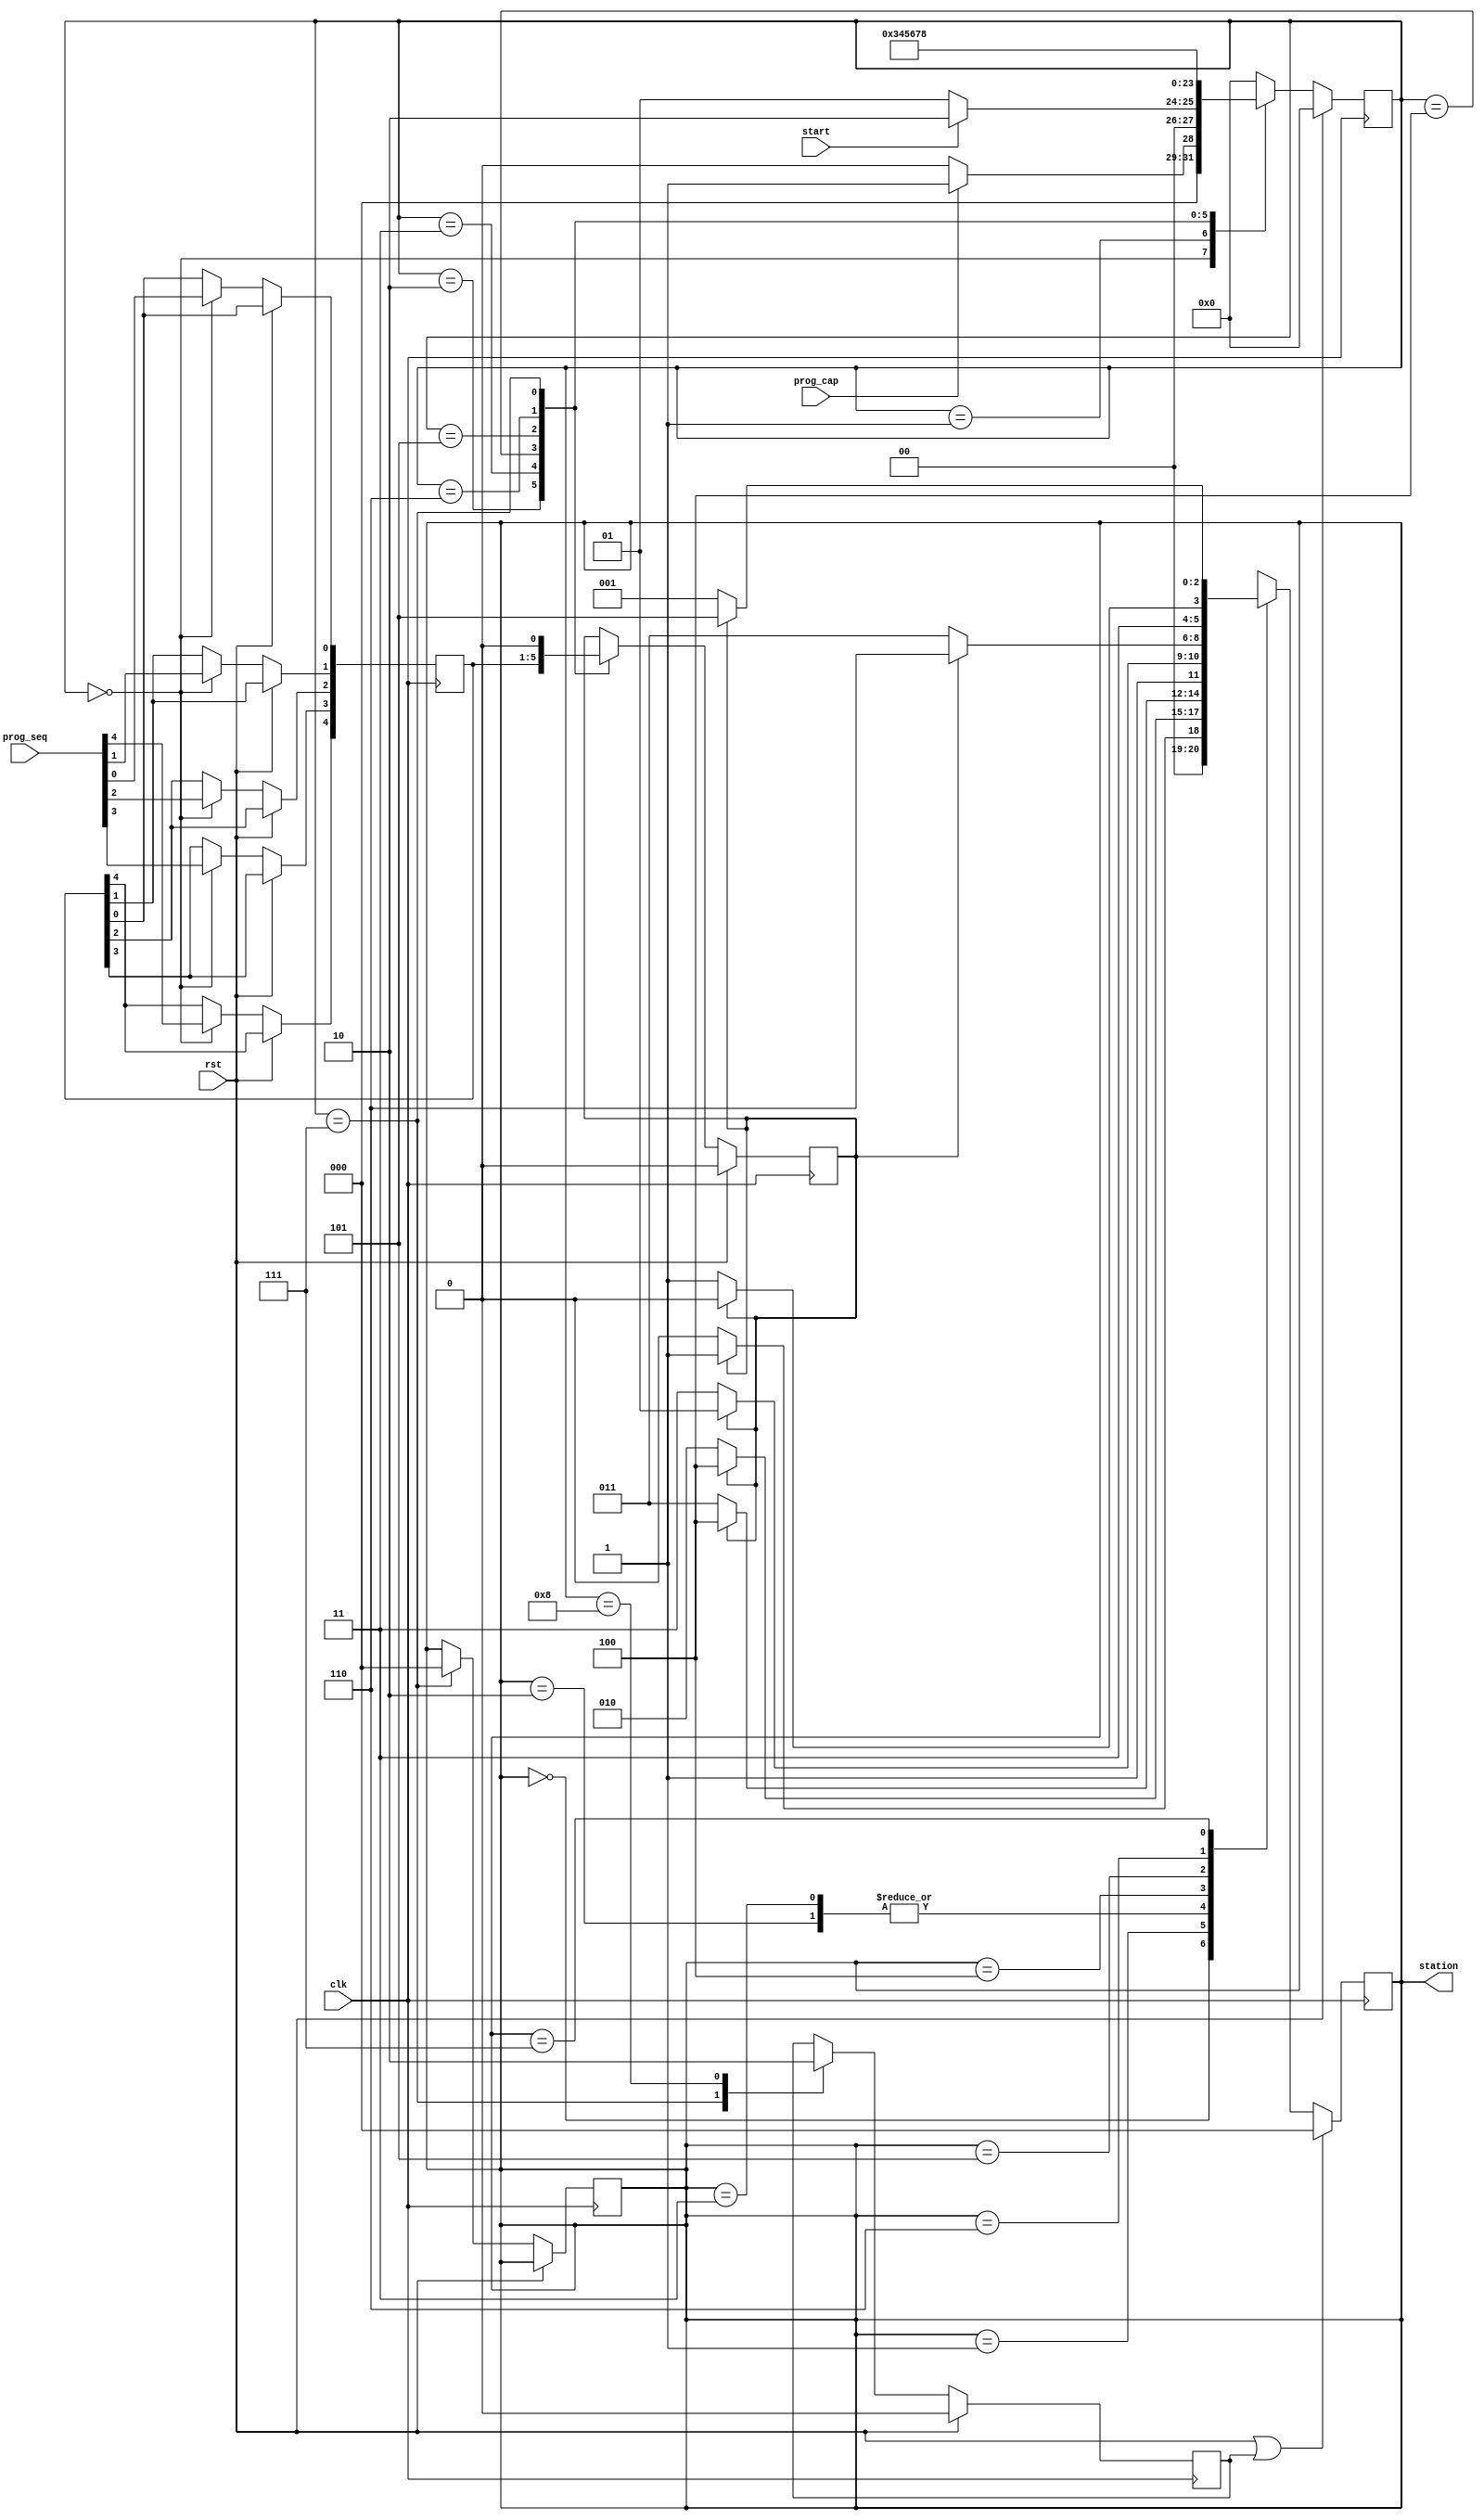
module train_controller( prog_seq , prog_cap, rst , clk , start, station );

//what are the input ports.
input [4:0] prog_seq;
input prog_cap, rst, clk, start;

//What are the output ports.
output [2:0]station;

//internal signals

reg [2:0] station;
reg [3:0] state;  // to keep track of the state in the first state machine
reg [4:0] progseq; // internal register to capture the value
reg stat; // signal that goes to the second state machine
reg ends; // signal that goes to the second state machine

always @(posedge clk)
   begin
  if (rst)
    begin
    state <= 0;
    stat  <= 0;
    ends <= 0;
    end
  else
     case(state)
	 
	 //0 capture the input
	4'b0000: 
	begin
		progseq[4] <= prog_seq[4];
		progseq[3] <= prog_seq[3];
		progseq[2] <= prog_seq[2];
		progseq[1] <= prog_seq[1];
		progseq[0] <= prog_seq[0];
		
		if(prog_cap) begin state <= 4'b0001; end
		else begin state <= 4'b0000; end
	end
		
	 //1 look for start and start start machine
	4'b0001: 
	begin
		if(start) state <= 4'b0010;
		else state <= 4'b0001;
	end
		
	 //2 ouput bit 0
	4'b0010: 
	begin
		stat <= progseq[4];
		state <= 4'b0011;
	end
		
	 //3 output bit 1
	4'b0011:
	begin
		stat <= progseq[3];
		state <= 4'b0100;
	end

	 //4 output bit 2
	4'b0100: 
	begin
		stat <= progseq[2];
		state <= 4'b0101;
	end

	 //5 output bit 3
	4'b0101:
	begin
		stat <= progseq[1];
		state <= 4'b0110;
	end

	 //6 output bit 4
	4'b0110:
	begin
		stat <= progseq[0];
		state <= 4'b0111;
	end

	 //7 ends to 1
	4'b0111:
	begin
		ends <= 1;
		state <= 4'b1000;
		stat <= 0;
		station <=3'b000;
	end
		
	 //8 ends to 0 go to 0
	4'b1000:
	begin
		ends <= 0;
		state <= 4'b0000;
		
	end
		 

     default: begin state <= 0; end
     endcase

    end

always @(posedge clk)
   begin
  if (rst || ends)
      station <= 0; 
   else
   case ( station )
   // look at stat and decide where to go.
   // don't worry about ends signal here for simplicity.
	3'b000: //downtown
	begin
	if(stat)
		begin
		station <= 3'b001;
		end
	else
		begin
		station <= 3'b000;
		end
	end
	3'b001: //airport
	begin
	if(stat)
		begin
		station <= 3'b100;
		end
	else
		begin
		station <= 3'b010;
		end
	end
	3'b010: //state fair
	begin
	if(stat)
		begin
		station <= 3'b100;
		end
	else
		begin
		station <= 3'b011;
		end
	end
	3'b011: //umstead
	begin
	if(stat)
		begin
		station <= 3'b100;
		end
	else
		begin
		station <= 3'b011;
		end
	end
	3'b100: //mordecai
	begin
	if(stat)
		begin
		station <= 3'b101;
		end
	else
		begin
		station <= 3'b111;
		end
	end
	3'b101: //citi museum
	begin
	if(stat)
		begin
		station <= 3'b110;
		end
	else
		begin
		station <= 3'b011;
		end
	end
	3'b110: //ncsu
	begin
	if(stat)
		begin
		station <= 3'b110;
		end
	else
		begin
		station <= 3'b111;
		end
	end
	3'b111: //state capital
	begin
	if(stat)
		begin
		station <= 3'b101;
		end
	else
		begin
		station <= 3'b001;
		end
	end

 
   endcase
end

endmodule

module train_controller_tb;

//what are the input ports.
reg [4:0] prog_seq;
reg prog_cap, rst, clk, start;
wire [2:0] station;

always #5 clk = ~clk;

//Use an always statement to output the state name
always @(station)
begin
case (station)
0: $display("?downtown?");
1: $display("?airport?");
endcase
end

train_controller dut( prog_seq , prog_cap, rst , clk , start, station );
initial begin
rst = 0;
clk  = 0;
#2 
rst = 1;
#7 rst = 0;
#12 prog_seq = 5'b10001; prog_cap = 1;
#22 start = 1;   

end
endmodule